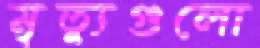
মৃত্যুগুলো